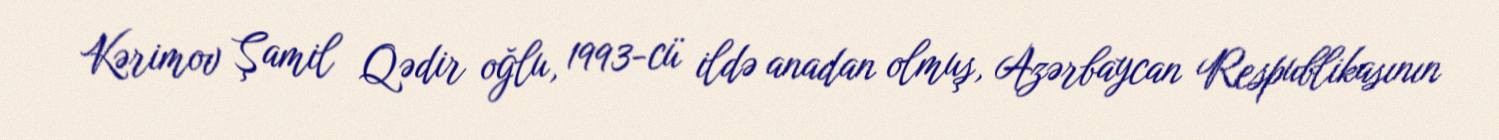
Kərimov Şamil Qədir oğlu, 1993-cü ildə anadan olmuş, Azərbaycan Respublikasının